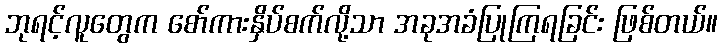
ဘုရင့်လူတွေက စော်ကားနှိပ်စက်လို့သာ အခုအခံပြုကြရခြင်း ဖြစ်တယ်။